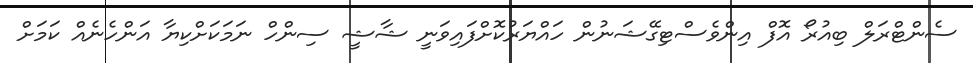
ސެންޓްރަލް ބިއުރޯ އޮފް އިންވެސްޓިގޭޝަނުން ހައްޔަރުކޮށްފައިވަނީ ޝާޝީ ސިންހް ނަމަކަށްކިޔާ އަންހެނެއް ކަމަށް